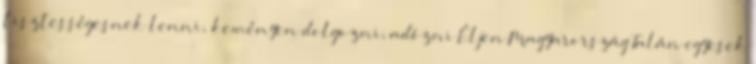
tisztességesnek lenni, keményen dolgozni, adózni Éljen Magyarország Talán egyesek